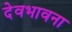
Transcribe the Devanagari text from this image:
देवभावना